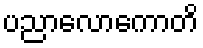
ပညာလောကောတိ